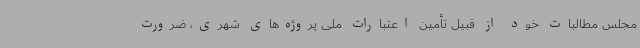
مجلس مطالبات خود از قبیل تأمین اعتبارات ملی پروژه‌های شهری، ضرورت